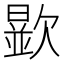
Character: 𣤞